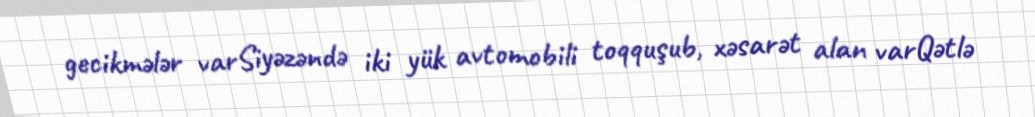
gecikmələr varSiyəzəndə iki yük avtomobili toqquşub, xəsarət alan varQətlə